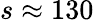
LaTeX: s\approx 130